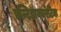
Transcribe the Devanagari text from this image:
एन्टिडाययूरेटिक